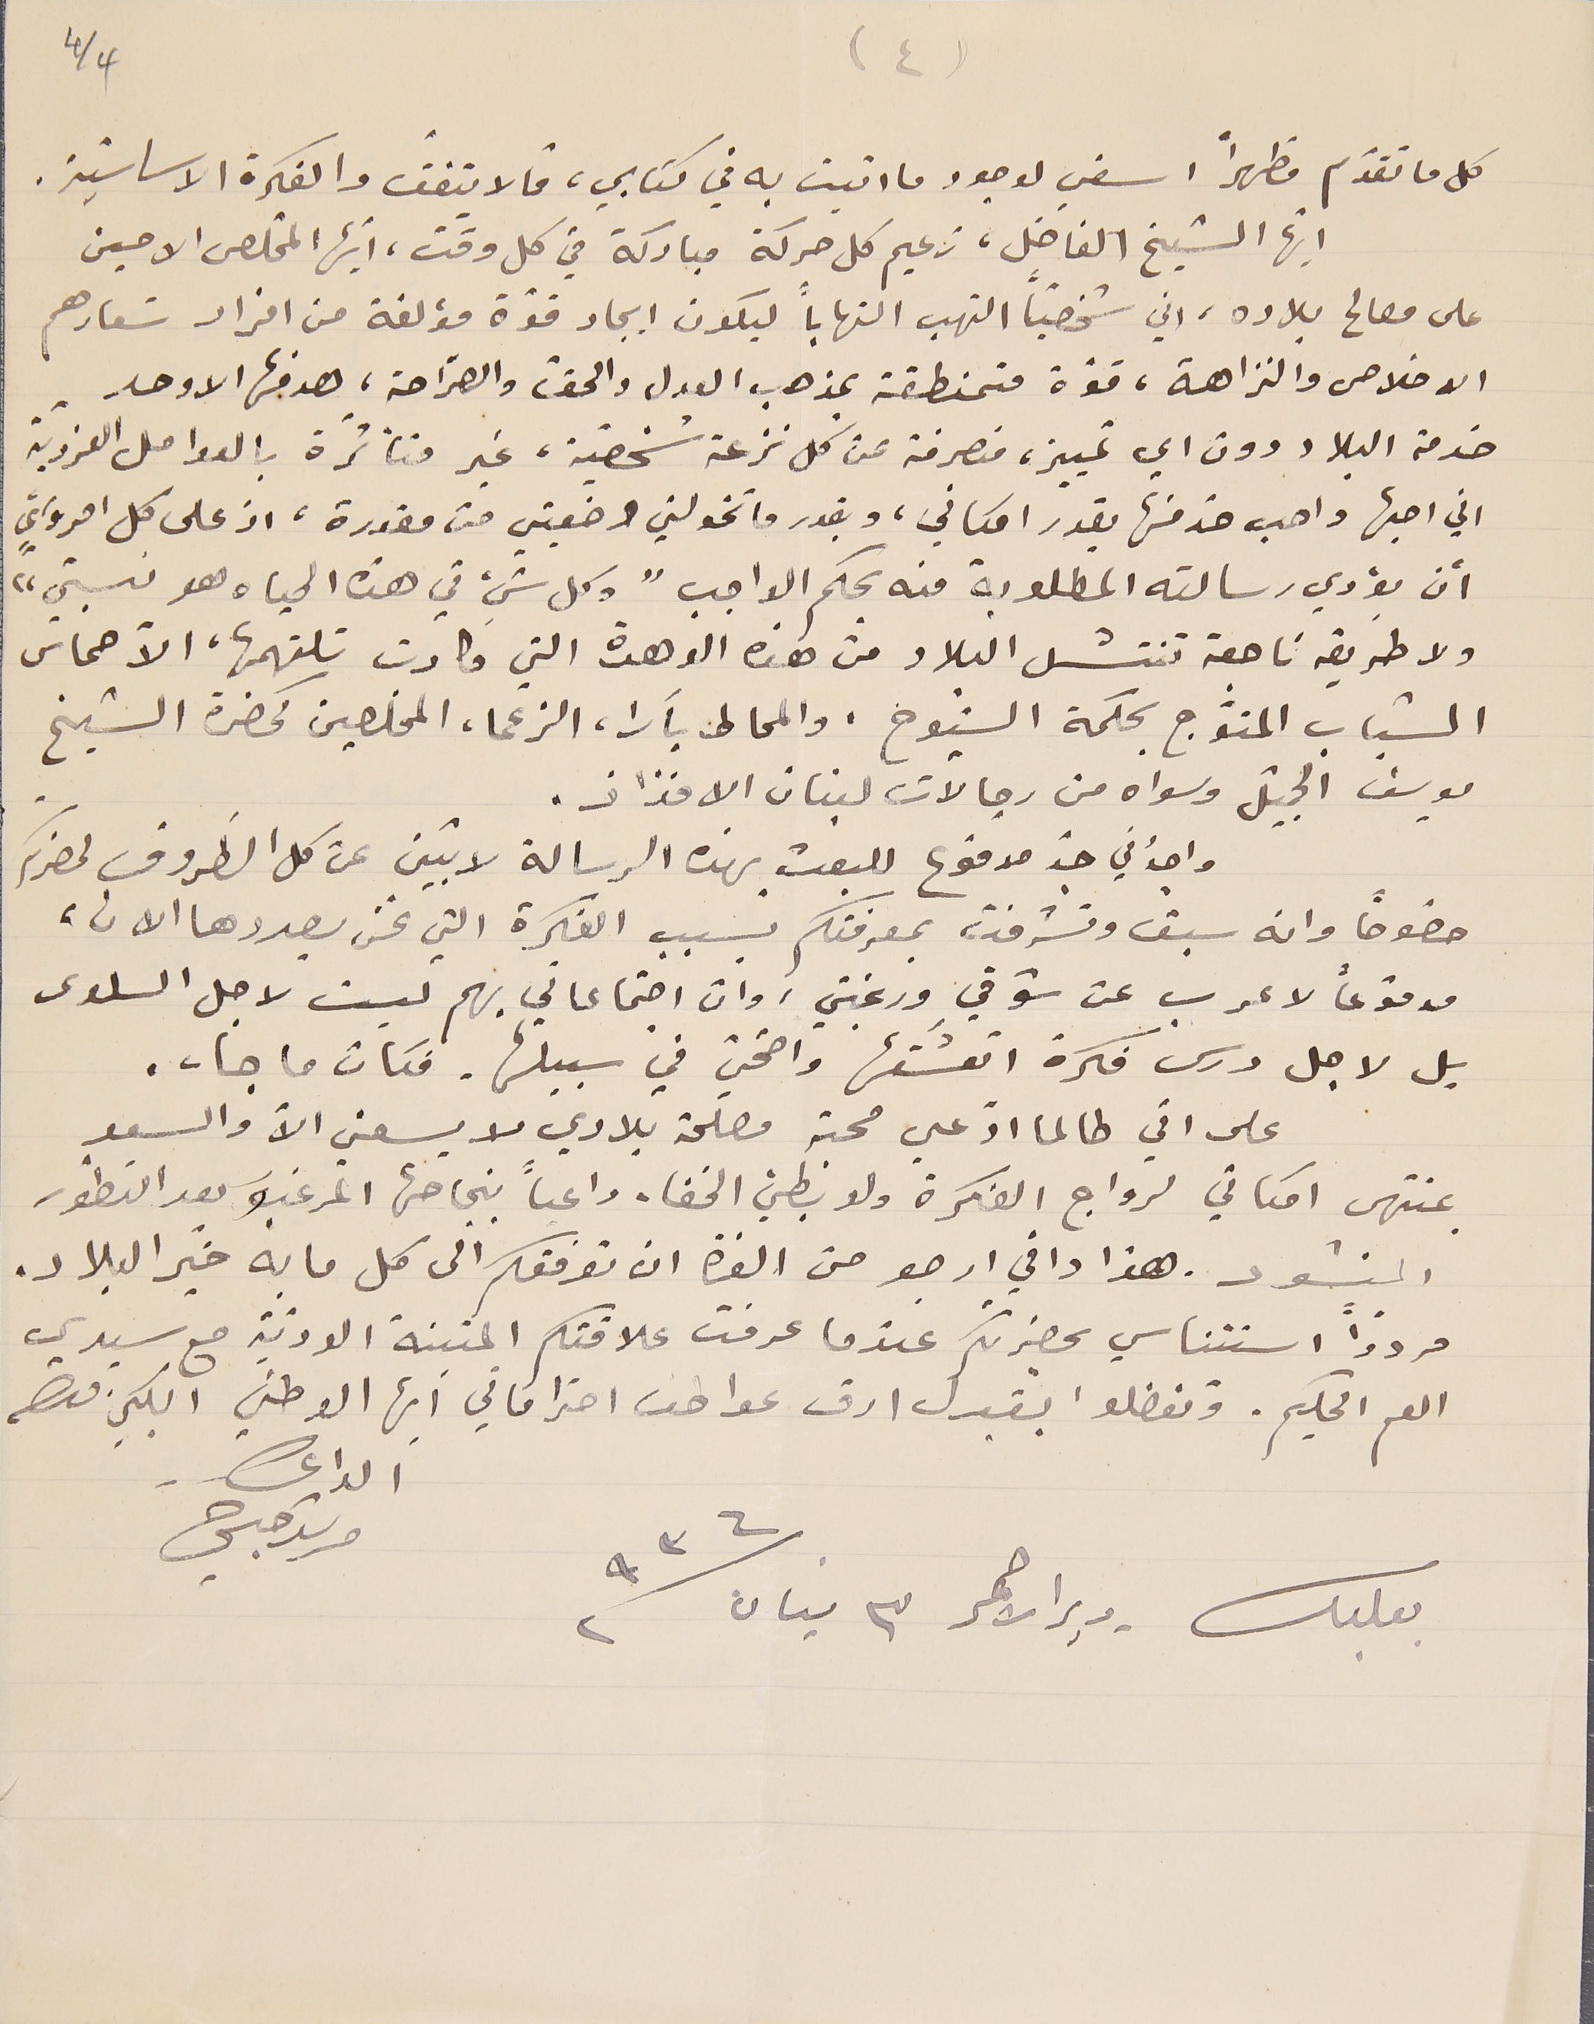
كل ما تقدّم مظهراً اسفي لوجود ما اتيت به في كتابي، فما لا يتفقُ والفكرة الاساسيّة.
ايّها الشيخ الفاضل، زعيم كل حركة مباركة في كل وقت، أيها المخلص الامين
على مصالح بلاده، اني شخصياً التهب التهاباً ليكون ايجاد قوّة مؤلفة من افراد شعارهم
الاخلاص والنزاهة، قوّة متمنطقة بمذهب العدل والحقّ والصرّاحة، هدفها الاوحد
خدمة البلاد دون اي تمييز، منصرفة عن كل نزعة شخصية، غير متأثرة بالعوامل الفرديّة
اني احبها واحب خدمتها بقدر امكاني، وبقدر ما تخولني وضعيتي من مقدرة، اذ على كل امرؤيٍّ
أن يؤدي رسالته المطلوبة منه بحكم الواجب" وكل شيء في هذه الحياه هو نسبيّ"
ولا طريقه ناجعة تنتشل البلاد من هذه الوهدة التي كادت تلتهمها، الاّ حماس
الشباب المتوّج بحكمة الشيوخ، والمحاط بآرا، الزعما، المخلصين كحضرة الشيخ
يوسف الجميّل وسواه من رجالات لبنان الافذاذ.
واجدُ في جدّ مدفوع للبعث بهذه الرسالة لاتبين عن كل الظروف لحضرتكم
خصوصاً وانه سبق وتشرفت بمعرفتكم بسبب الفكرة التي نحن بصددها الان،
مدفوعاً لاعرب عن شوقي ورغبتي، وان اجتماعاتي بهم ليست لاجل السلوى
بل لاجل درس فكرة اتعشَقها واضحّي في سبيلها. فكان ما جاء.
على اني طالما ادّعي محبة مصلحة بلادي لا يسعني الاّ والسير
بمنتهى امكاني لرواج الفكرة ولا بطيء الخفا. داعياً بنجاحها المرغبَ بعد التطور
المنشود. هذا واني ارجو من العزة ان توفقكم الى كل ما به خَير البلاد.
مردّداً استئناسي بحضرتكم عندما عرفت علاقتكم المتينة الودّية مع سيدي
العم الحكيم. وتفضلوا بقبول ارق عواطف احتراماتي أيها الوطني الكبير.
الداعي مرشد حبشي
4/4
(٤)
بعلبك - دير الاحمر ٣ نيسان سنة ٩٣٦